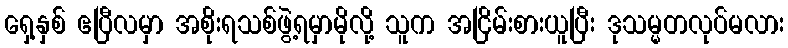
ရှေ့နှစ် ဧပြီလမှာ အစိုးရသစ်ဖွဲ့ရမှာမိုလို့ သူက အငြိမ်းစားယူပြီး ဒုသမ္မတလုပ်မလား